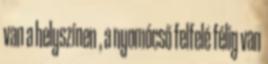
van a helyszínen , a nyomócső felfelé félig van